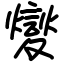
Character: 夑